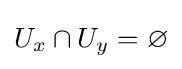
U_{x}\cap U_{y}=\varnothing